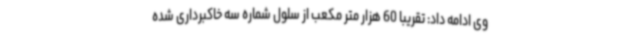
وی ادامه داد: تقریبا 60 هزار متر مکعب از سلول شماره سه خاکبرداری شده